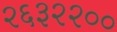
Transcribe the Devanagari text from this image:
२६३२२००